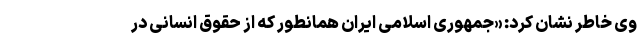
وی خاطر نشان کرد: «جمهوری اسلامی ایران همانطور که از حقوق انسانی در